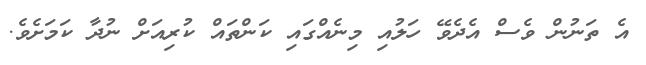
އެ ތަނުން ވެސް އެދެވޭ ހަލުއި މިނެއްގައި ކަންތައް ކުރިއަށް ނުދާ ކަމަށެވެ.